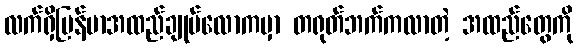
လက်ရှိမြန်မာအထည်ချုပ်လောကမှာ တရုတ်ဘက်ကလာတဲ့ အထည်တွေကို